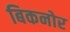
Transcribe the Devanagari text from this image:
बिकनोर